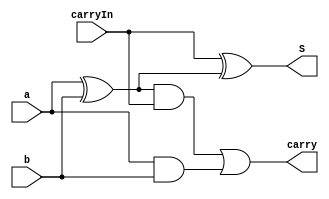
module FullAdder(S,carry,a,b,carryIn);
	input a,b,carryIn;
	output carry,S;
	wire xorAB;
	wire andAB,andXorABCin;
	xor xor1(xorAB,a,b);
	xor xor2(S,carryIn,xorAB);
	and and1(andAB,a,b);
	and and2(andXorABCin,xorAB,carryIn);
	or or1(carry,andXorABCin,andAB);
endmodule